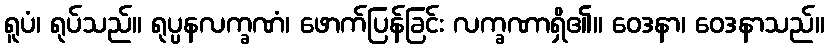
ရူပံ၊ ရုပ်သည်။ ရုပ္ပနလက္ခဏံ၊ ဖောက်ပြန်ခြင်း လက္ခဏာရှိ၏။ ဝေဒနာ၊ ဝေဒနာသည်။